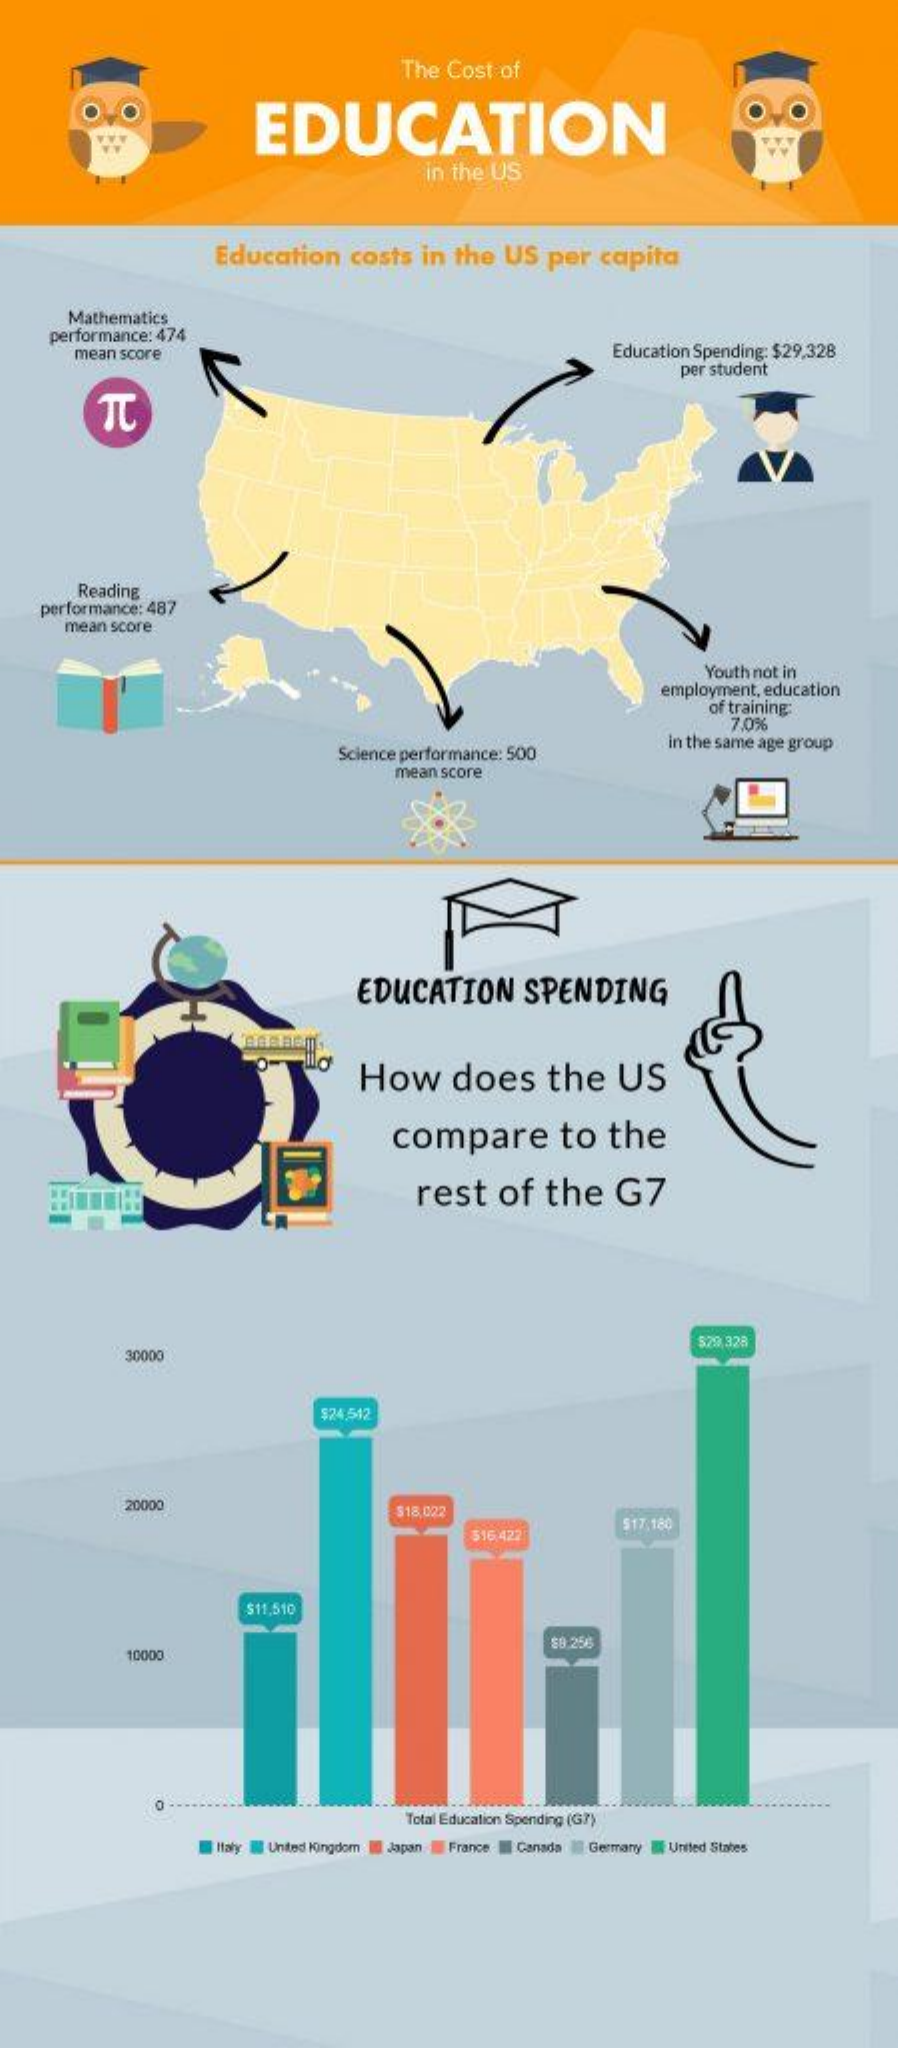
The  Cost  of
     EDUCATION
     in the US
     Education    costs   in  the  US   per  capita
     Mathematics
     performance: 474
     mean score    Education Spending: $29,328
     per student
     TC
     Reading
     performance: 487
     mean score
     Youth not in
     employment, education
     of training:
     7.0%
     Science performance: 500
     in the same age group
     mean score
     EDUCATION    SPENDING
     How    does    the    US
     compare    to   the
     rest    of   the    G7
     30000
     $29,328
     $24,512
     20000    $18.022
     316 422
     517:180
     $11,510
     10000
     88.256
     Total Education Spending (G?)
     Italy United Kingdom Japan France IN Canada I Germany E United States